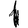
Digit: 1